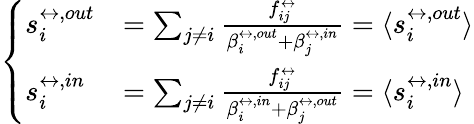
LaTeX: \left\{ \begin{array}{ll}{s_{i}^{\leftrightarrow,out}}&{=\sum_{j\neq i}\frac{f_{ij}^{\leftrightarrow}}{\beta_{i}^{\leftrightarrow,out}+\beta_{j}^{\leftrightarrow,in}}=\langle s_{i}^{\leftrightarrow,out}\rangle}\\ {s_{i}^{\leftrightarrow,in}}&{=\sum_{j\neq i}\frac{f_{ij}^{\leftrightarrow}}{\beta_{i}^{\leftrightarrow,in}+\beta_{j}^{\leftrightarrow,out}}=\langle s_{i}^{\leftrightarrow,in}\rangle}\end{array}\right.